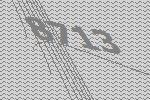
8713